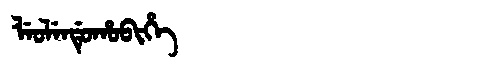
Manchu: ᠯᡝᠣᠯᡝᠨᡩᡠᡥᠣᠪᡳᡥᡝ
Romanization: LEOLENDUHOBIHE